Vaccination in Bombay 1874-1876 - 1874-1876
Year: 1874
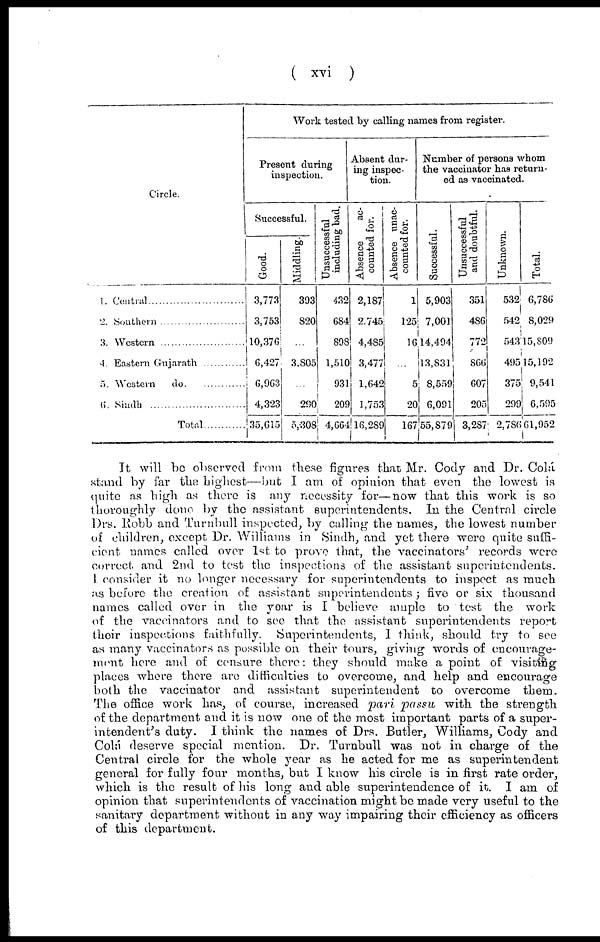
( xvi )
Circle.
1.Central............................
2. Southern
3. Western
4. Eastern Gujarath
5.Western do ...............
6.Sindh ..............................
Total
Work tested by calling names from register.
Present during
inspection.
Successful.
Good.
3,773
3,753
10,376
6,427
6,963
4,323
35,615
Middling.
393
820
...
3,805
...
290
5,308
Unsuccessful
including bad.
432
684
898
1,510
931
209
4,664
Absent dur-
ing inspec-
tion.
Absence
ac-
counted for.
2,187
2,745
4,485
3,477
1,642
1,753
16,289
Absence unac-
counted for.
1
125
16
...
5
20
167
Number of persons whom
the vaccinator has return-
ed as vaccinated.
Successful.
5,903
7,001
14,494
13,831
8,559
6,091
55,879
Unsuccessful
and doubtful.
351
486
772
866
607
205
3,287
Unknown.
532
542
543
495
375
299
2,786
Total.
6,786
8,029
15,809
15,192
9,541
6,595
61,952
It will be observed from these figures that Mr. Cody and Dr. Colá
stand by far the highest—but I am of opinion that even the lowest is
quite as high as there is any necessity for—now that this work is so
thoroughly done by the assistant superintendents. In the Central circle
Drs. Robb and Turnbull inspected, by calling the names, the lowest number
of children, except Dr. Williams in Sindh, and yet there were quite suffi-
cient names called over 1st to prove that, the vaccinators' records were
correct and 2nd to test the inspections of the assistant superintendents.
I consider it no longer necessary for superintendents to inspect as much
as before the creation of assistant superintendents ; five or six thousand
names called over in the year is I believe ample to test the work
of the vaccinators and to see that the assistant superintendents report
their inspections faithfully. Superintendents, I think, should try to see
as many vaccinators as possible on their tours, giving words of encourage-
ment here and of censure there: they should make a point of visiting
places where there are difficulties to overcome, and help and encourage
both the vaccinator and assistant superintendent to overcome them.
The office work has, of course, increased pari passu with the strength
of the department and it is now one of the most important parts of a super-
intendent's duty. I think the names of Drs. Butler, Williams, Cody and
Colá deserve special mention. Dr. Turnbull was not in charge of the
Central circle for the whole year as he acted for me as superintendent
general for fully four months, but I know his circle is in first rate order,
which is the result of his long and able superintendence of it. I am of
opinion that superintendents of vaccination might be made very useful to the
sanitary department without in any way impairing their efficiency as officers
of this department.